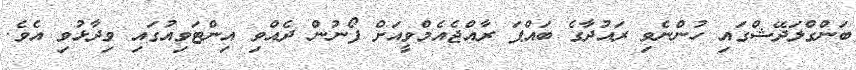
ބަންގްލަދޭޝްގައި ހުންނެވި ރައުދާގެ ބައްޕަ ރާއްޖެއެމްވީއަށް ފޯނުން ދެއްވި އިންޓަވިއުގައި ވިދާޅުވި އެވެ.